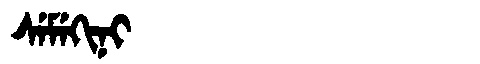
Manchu: ᠰᡝᠮᡝᡴᡳᠨᡳ
Romanization: SEMEKINI